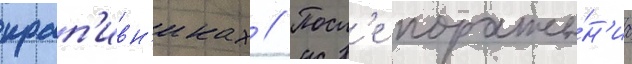
крап'ивн'иках // Посл'е пораже́н'иа